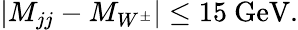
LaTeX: |M_{jj}-M_{W^{\pm}}|\le 15\ \mathrm{GeV}.